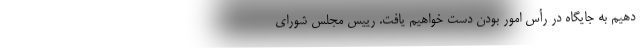
دهیم به جایگاه در رأس امور بودن دست خواهیم یافت. رییس مجلس شورای